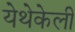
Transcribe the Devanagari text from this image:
येथेकेली